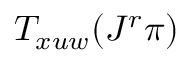
T _ { x u w } ( J ^ { r } \pi )